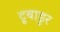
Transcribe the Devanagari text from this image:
ट्रूबाडूर